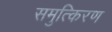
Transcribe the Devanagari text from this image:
समुत्किरण